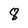
Character: 8